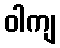
ဝါကျ